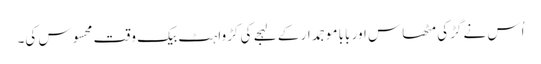
اُس نے گڑکی مٹھاس اور بابا موجمدار کے لہجے کی کڑواہٹ بیک وقت محسوس کی۔